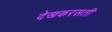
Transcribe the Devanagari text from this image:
देखकरसती